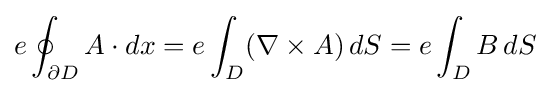
e\oint _{\partial D}A\cdot dx=e\int _{D}(\nabla \times A)\,dS=e\int _{D}B\,dS